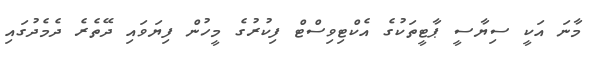
މާނަ އަކީ ސިޔާސީ ޕާޓީތަކުގެ އެކްޓިވިސްޓް ފިކުރުގެ މީހުން ފިޔަވައި ދޭތެރެ ދެމެދުގައި